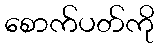
စောက်ပတ်ကို